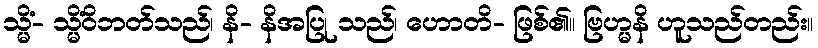
သ္မိံ- သ္မိံဝိဘတ်သည်၊ နိ- နိအပြု သည်၊ ဟောတိ- ဖြစ်၏။ ဗြဟ္မနိ ဟူသည်တည်း။